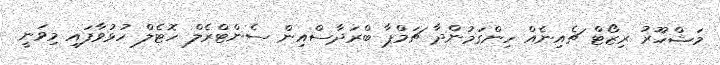
މަޝްހޫރު ރިޒޯޓް ޗެއިނެއް ހިންގަމުންދާ ޗަމްޕާ ބްރަދާސްއިން ސެންޓްރެލް ހޮޓެލް ހުޅުވާފައި މިވަނީ